Tartu_pedagoogiumi_aruanded, lk 5
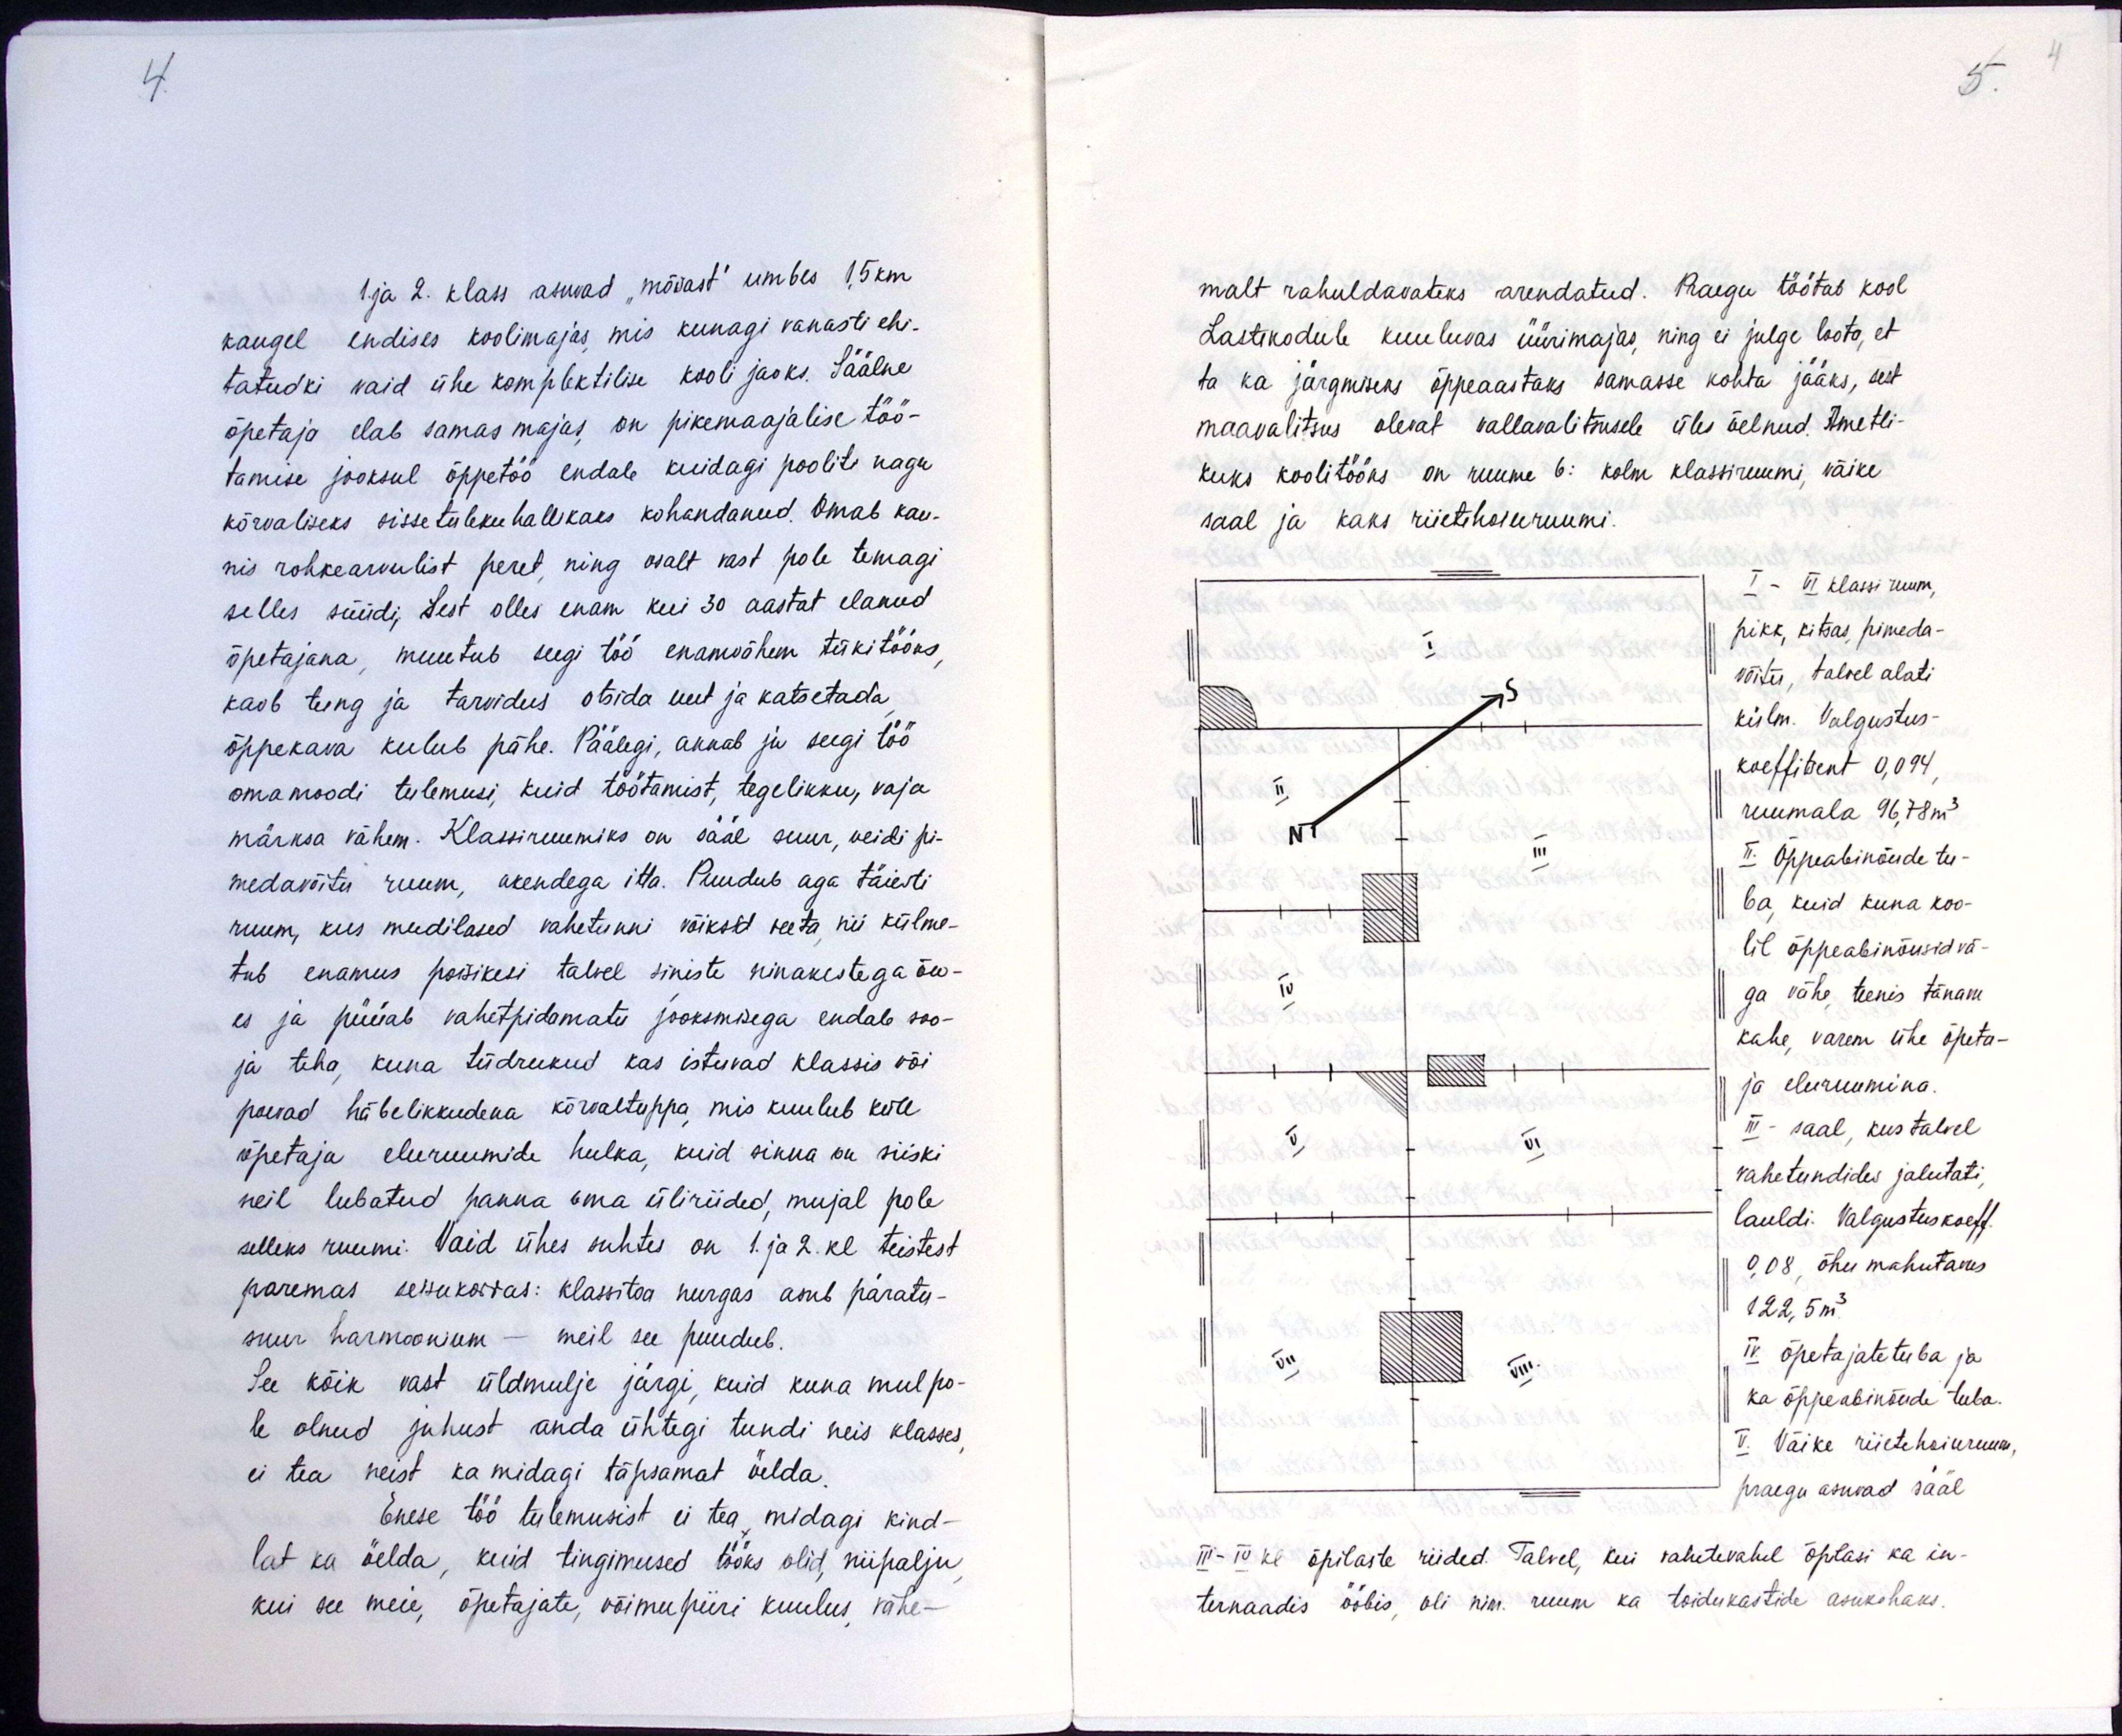
1. ja 2. klass asuvad "mõiast" umbes 1,5 km.
kaugel endises koolimajas, mis kunagi vanasti ehi-
tatudki vaid ühe komplektilise kooli jaoks. Säälne
õpetaja elab samas majas, on pikemaajalise töö-
tamise jooksul õppetöö endale kuidagi pooliti nagu
kõrvaliseks sissetuleku hallikaks kohandanud. Omab kau-
nis rohkearvulist peret, ning osalt vast pole temagi
selles süüdi, Sest olles enam kui 30 aastat elanud
õpetajana, muutub seegi töö enamvähem tükitööks,
kaob tung ja tarvidus otsida uut ja katsetada
õppekava kulub pähe. Päälegi, annab ju seegi töö
omamoodi tulemusi, kuid töötamist, tegelikku, vaja
märksa vähem. Klassiruumiks on sääl suur, veidi pi-
medavõitu ruum, akendega itta. Puudub aga täiesti
ruum, kus mudilased vahetunni võiksid veeta nii külme-
tub enamus poisikesi talvel siniste ninakestega õu-
es ja püüab vahetpidamatu jooksmisega endab soo-
ja teha, kuna tüdrukud kas istuvad klassis või-
poevad häbelikkudena kõrvaltuppa, mis kuulub küll
õpetaja eluruumide hulka, kuid sinna on siiski
neil lubatud panna oma üliriided, mujal pole
selleks ruumi. Vaid ühes suhtes on 1. ja 2. kl teistest
paremas seisukorras: klassitoa nurgas asub päratu-
suur harmoonium - meil see puudub.
See kõik vast üldmulje järgi, kuid kuna mul po-
le olnud juhust anda ühtegi tundi neis klasses,
ei tea neist ka midagi täpsamat öelda,
Enese töö tulemusist ei tea midagi kind-
lat ka öelda, kuid tingimused tööks olid, niipalju,
kui see meie, õpetajate, võimupiiri kuulus, vähe-

malt rahuldavateks arendatud. Praegu töötab kool
Lastekodule kuuluvas üürimajas, ning ei julge loota, et
ta ka järgmiseks õppeaastaks samasse kohta jääks, sest
maavalitsus olevat vallavalitsusele üles öelnud, Ametli-
kuks koolitööks on ruume 6: kolm klassiruumi, väike
saal ja kaks riietehoiuruumi.
I - VI klassi ruum,
pikk, kitsas pimeda-
võitu, talvel alati.
külm. Valgustus-
koeffitsent 0,094
ruumala 96,78m3
II. Õppeabinõude tu-
ba, kuid kuna koo-
lil õppeabinõusid vä-
ga vähe teenis tänane
kahe, varem ühe õpeta-
ja eluruumina.
III - saal, kus talvel
vahetundides jalutati,
lauldi. Valgustuskoeff.
0,08 õhu mahutavus
122,5 m3
IV. õpetajatetuba ja
ka õppeabinõude tuba.
V. Väike riietehoiuruum,
praegu asuvad sääl
III- IV kl õpilaste riided. Talvel, kui vahetevahel õpilasi ka in-
ternaadis ööbis, oli nim. ruum ka toidukastide asukohaks.